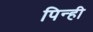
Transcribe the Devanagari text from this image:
पिन्ही